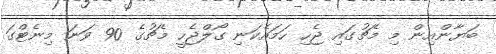
ބަޔާންއިން މި މެޗުގައި ޖެހި ހަމައެކަނި ގޯލްޖެހީ މެޗުގެ 90 ވަނަ މިނެޓްގަ